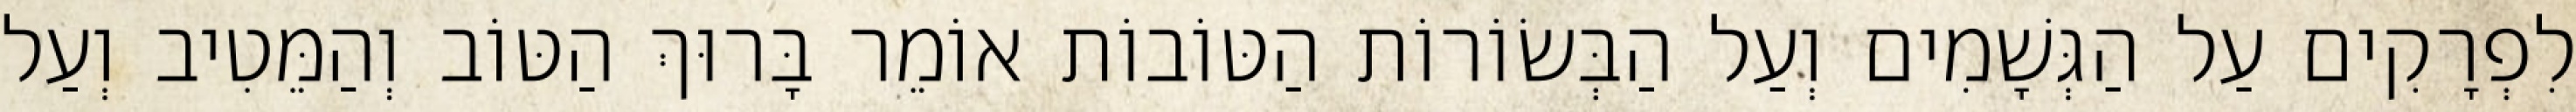
לִפְרָקִים עַל הַגְּשָׁמִים וְעַל הַבְּשׂוֹרוֹת הַטּוֹבוֹת אוֹמֵר בָּרוּךְ הַטּוֹב וְהַמֵּטִיב וְעַל